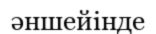
әншейінде